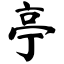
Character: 亭